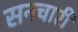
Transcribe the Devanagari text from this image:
सनचारी